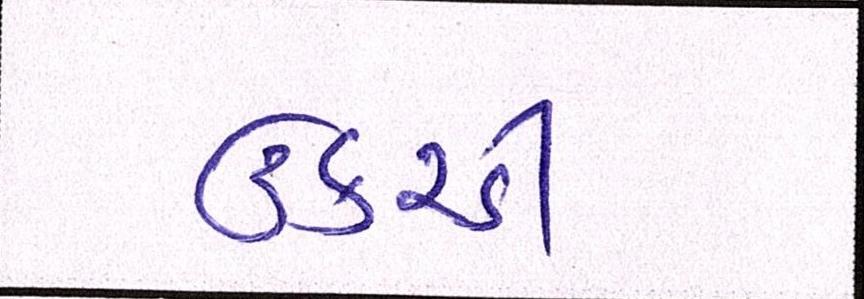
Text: ઉકરડી